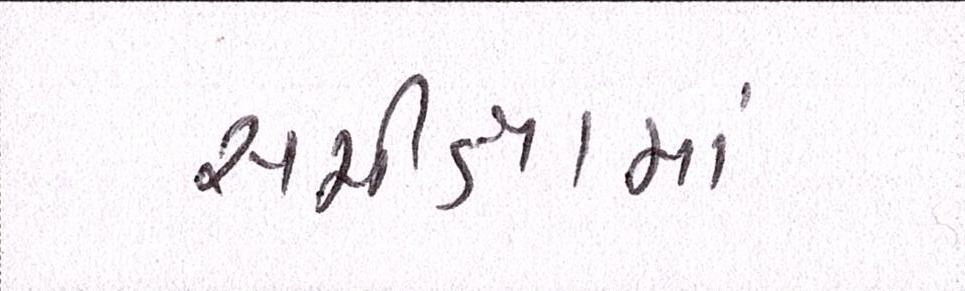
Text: સમીક્ષામાં